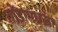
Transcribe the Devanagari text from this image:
तोंडामधला